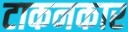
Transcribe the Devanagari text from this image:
टाकनकार